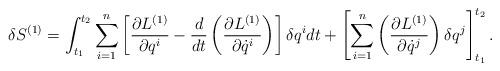
LaTeX: \begin{align*}\delta S^{(1)}=\int^{t_{2}}_{t_{1}}\sum_{i=1}^{n}\left[\frac{\partial L^{(1)}}{\partial q^{i}}-\frac{d}{dt}\left(\frac{\partial L^{(1)}}{\partial \dot{q}^{i}}\right)\right]\delta q^{i}dt+\left[\sum_{i=1}^{n}\left(\frac{\partial L^{(1)}}{\partial \dot{q}^{j}}\right)\delta q^{j}\right]^{t_{2}}_{t_{1}}.\end{align*}